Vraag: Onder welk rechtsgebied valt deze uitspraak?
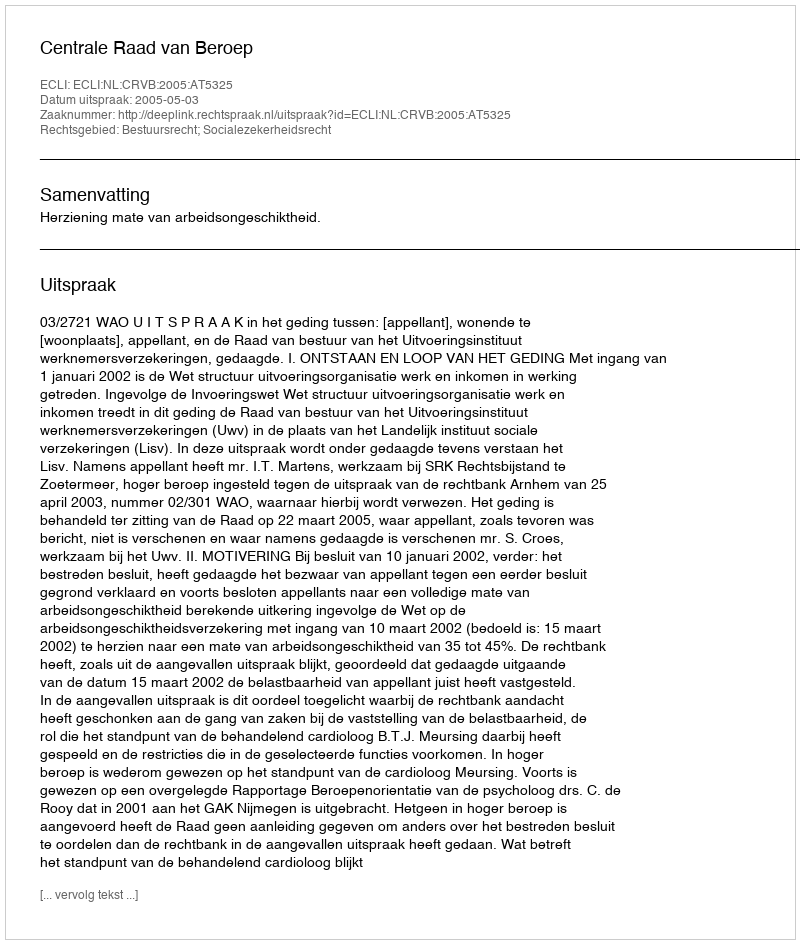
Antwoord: Bestuursrecht; Socialezekerheidsrecht